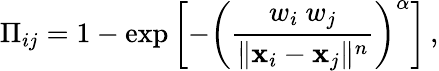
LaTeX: \Pi_{ij}=1-\exp\left[-\left(\frac{w_{i}~w_{j}}{\| \mathbf{x}_{i}-\mathbf{x}_{j}\| ^{n}}\right)^{\alpha}\right]\, ,